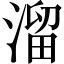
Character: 溜